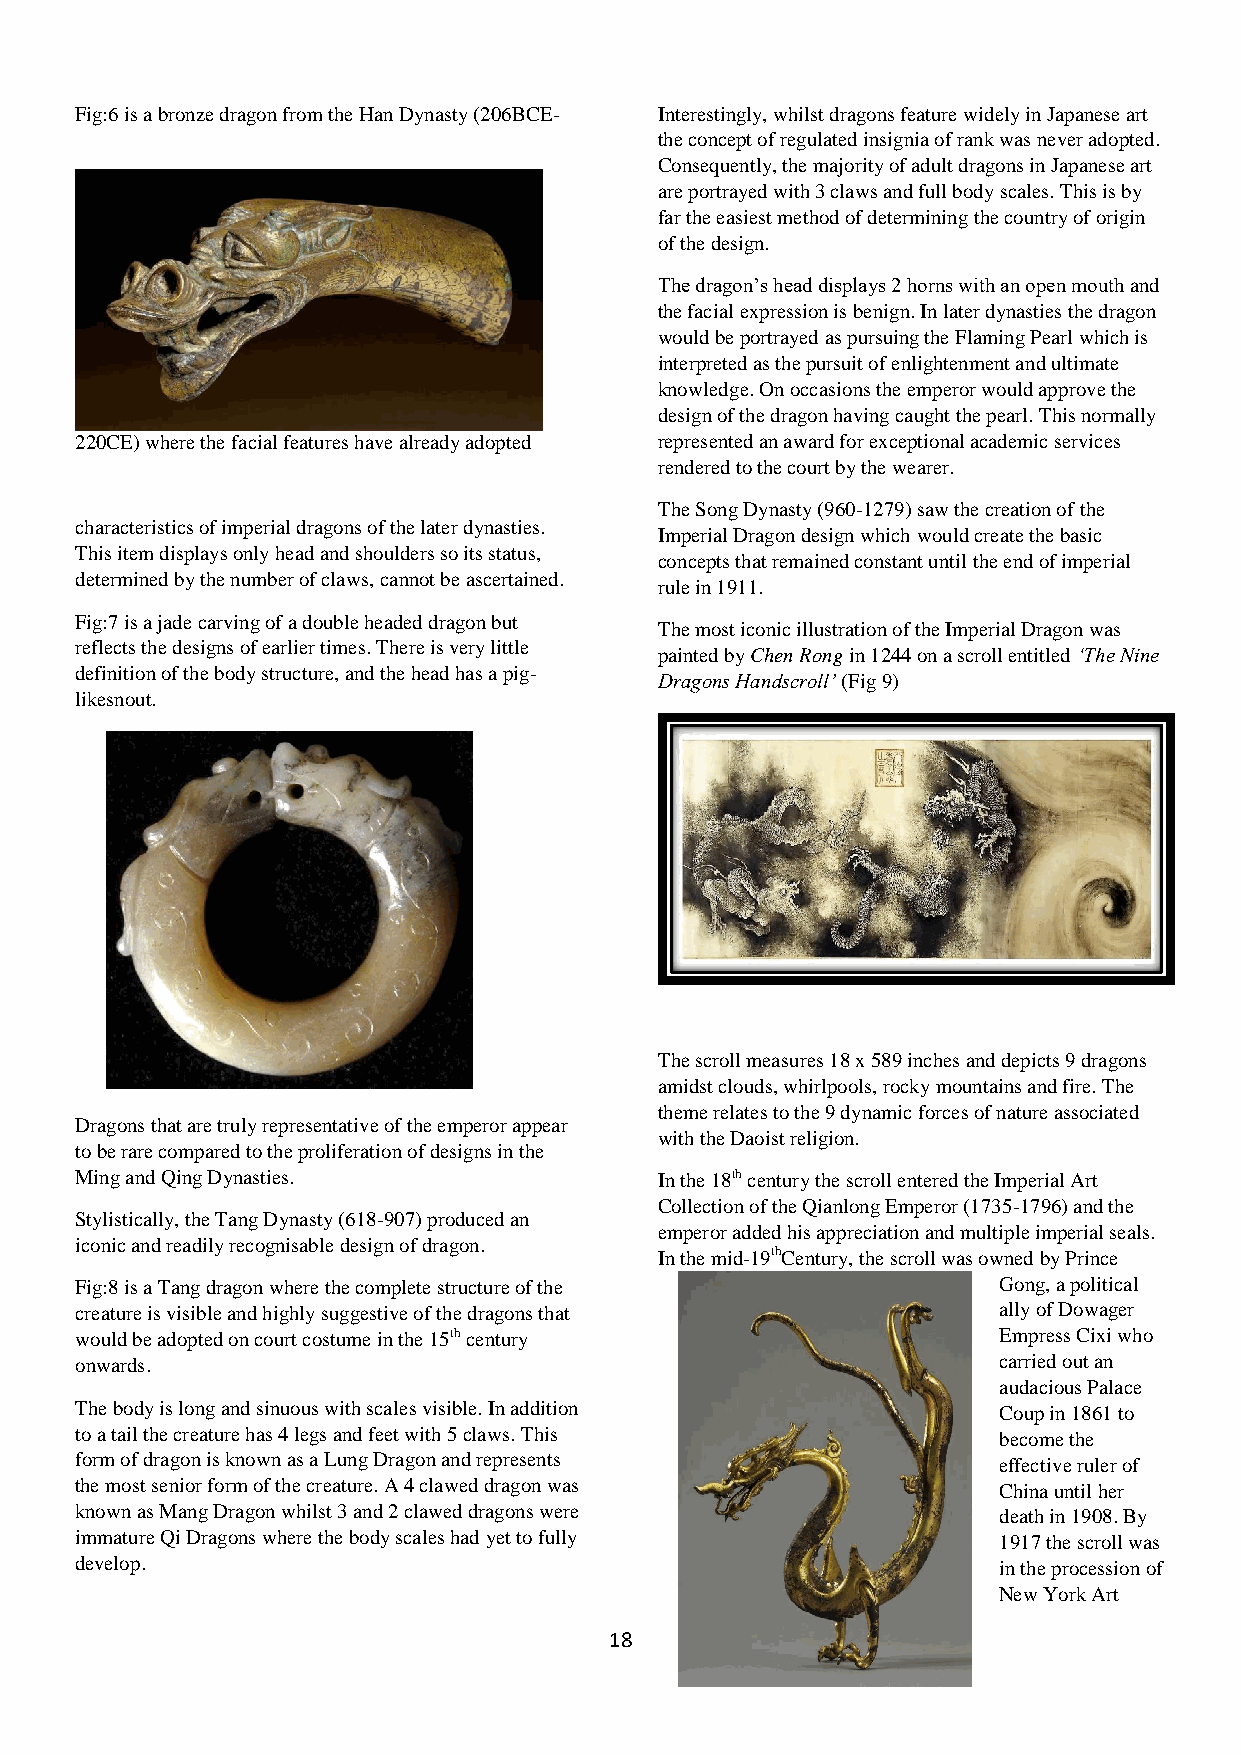
Fig:6 is a bronze dragon from the Han Dynasty (206BCE- Interestingly, whilst dragons feature widely in Japanese art
 the concept of regulated insignia of rank was never adopted.
 Consequently, the majority of adult dragons in Japanese art
 are portrayed with 3 claws and full body scales. This is by
 far the easiest method of determining the country of origin
 of the design.
 The dragon’s head displays 2 horns with an open mouth and
 the facial expression is benign. In later dynasties the dragon
 would be portrayed as pursuing the Flaming Pearl which is
 interpreted as the pursuit of enlightenment and ultimate
 knowledge. On occasions the emperor would approve the
 design of the dragon having caught the pearl. This normally
 220CE) where the facial features have already adopted represented an award for exceptional academic services
 rendered to the court by the wearer.
 The Song Dynasty (960-1279) saw the creation of the
 characteristics of imperial dragons of the later dynasties.
 Imperial Dragon design which would create the basic
 This item displays only head and shoulders so its status,
 concepts that remained constant until the end of imperial
 determined by the number of claws, cannot be ascertained.
 rule in 1911.
 Fig:7 is a jade carving of a double headed dragon but
 The most iconic illustration of the Imperial Dragon was
 reflects the designs of earlier times. There is very little
 painted by Chen Rong in 1244 on a scroll entitled ‘The Nine
 definition of the body structure, and the head has a pig-
 Dragons Handscroll’ (Fig 9)
 likesnout.
 The scroll measures 18 x 589 inches and depicts 9 dragons
 amidst clouds, whirlpools, rocky mountains and fire. The
 theme relates to the 9 dynamic forces of nature associated
 Dragons that are truly representative of the emperor appear
 with the Daoist religion.
 to be rare compared to the proliferation of designs in the
 Ming and Qing Dynasties.               In the 18th century the scroll entered the Imperial Art
 Collection of the Qianlong Emperor (1735-1796) and the
 Stylistically, the Tang Dynasty (618-907) produced an
 emperor added his appreciation and multiple imperial seals.
 iconic and readily recognisable design of dragon.
 In the mid-19thCentury, the scroll was owned by Prince
 Fig:8 is a Tang dragon where the complete structure of the   Gong, a political
 creature is visible and highly suggestive of the dragons that ally of Dowager
 would be adopted on court costume in the 15th century        Empress Cixi who
 onwards.                                                     carried out an
 audacious Palace
 The body is long and sinuous with scales visible. In addition Coup in 1861 to
 to a tail the creature has 4 legs and feet with 5 claws. This become the
 form of dragon is known as a Lung Dragon and represents      effective ruler of
 the most senior form of the creature. A 4 clawed dragon was  China until her
 known as Mang Dragon whilst 3 and 2 clawed dragons were      death in 1908. By
 immature Qi Dragons where the body scales had yet to fully   1917 the scroll was
 develop.                                                     in the procession of
 New York Art
 18